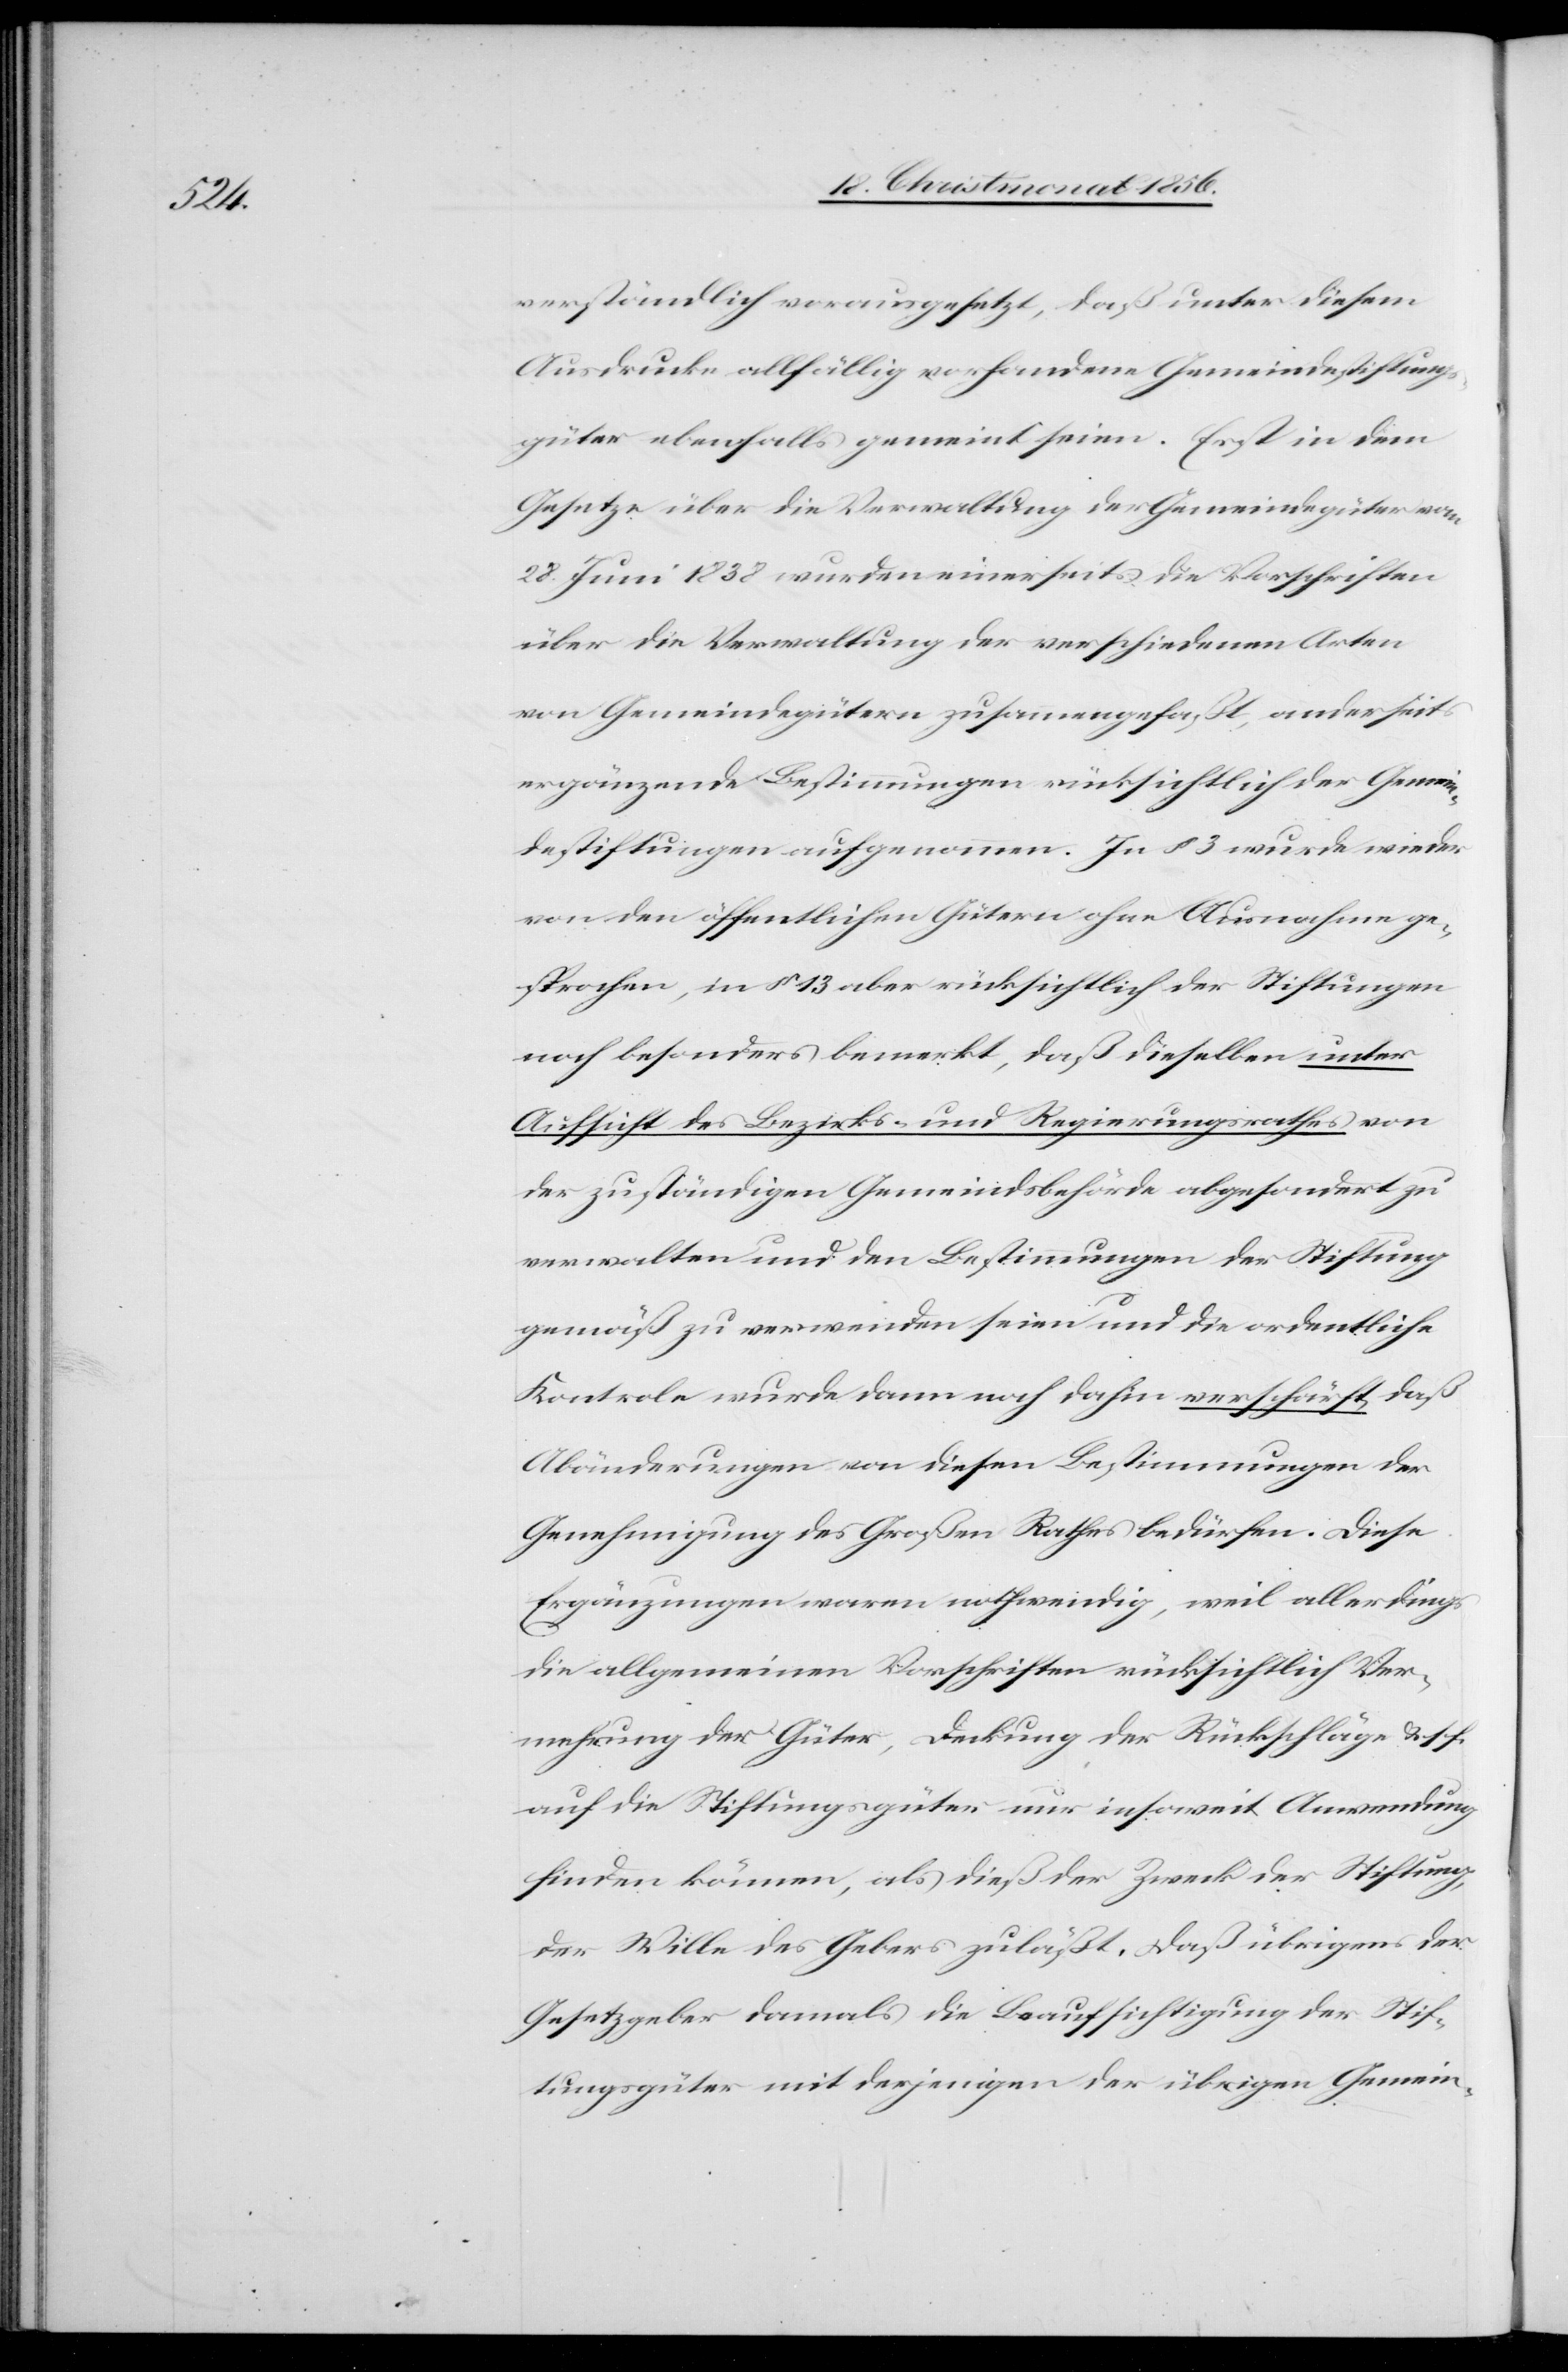
verständlich vorausgesetzt, daß unter diesem
Ausdrucke allfällig vorhandene Gemeindestiftungs¬
güter ebenfalls gemeint seien. Erst in dem
Gesetze über die Verwaltung der Gemeindegüter vom
28. Juni 1838 wurden einerseits die Vorschriften
über die Verwaltung der verschiedenen Arten
von Gemeindegütern zusammengefaßt, anderseits
ergänzende Bestimmungen rücksichtlich der Gemein¬
destiftungen aufgenommen. In § 3 wurde wieder
von den öffentlichen Gütern ohne Ausnahme ge¬
sprochen, in § 13 aber rücksichtlich der Stiftungen
noch besonders bemerkt, daß dieselben unter
Aufsicht des Bezirks- und Regierungsrathes von
der zuständigen Gemeindsbehörde abgesondert zu
verwalten und den Bestimmungen der Stiftung
gemäß zu verwenden seien und die ordentliche
Kontrole wurde dann noch dahin verschärft, daß
Abänderungen von diesen Bestimmungen der
Genehmigung des Großen Rathes bedürfen. Diese
Ergänzungen waren nothwendig, weil allerdings
die allgemeinen Vorschriften rücksichtlich Ver¬
mehrung der Güter, Deckung der Rückschläge & s. f.
auf die Stiftungsgüter nur insoweit Anwendung
finden können, als dieß der Zweck der Stiftung,
der Wille des Gebers zuläßt, daß übrigens der
Gesetzgeber damals die Beaufsichtigung der Stif¬
tungsgüter mit derjenigen der übrigen Gemein-